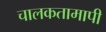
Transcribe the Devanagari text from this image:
चालकतामापी